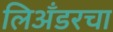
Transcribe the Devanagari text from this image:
लिअँडरचा